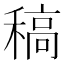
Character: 稿